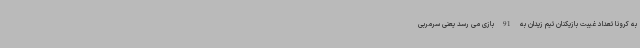
به کرونا تعداد غیبت بازیکنان تیم زیدان به 91 بازی می رسد یعنی سرمربی